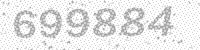
Solution: 699884